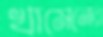
খামেনের